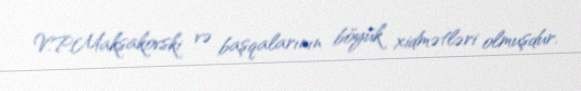
V.P.Maksakovski və başqalarının böyük xidmətləri olmuşdur.